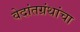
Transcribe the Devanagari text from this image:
वेदांतग्रंथांचा